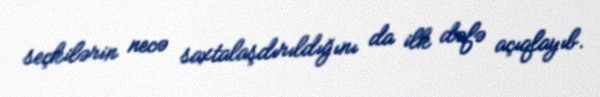
seçkilərin necə saxtalaşdırıldığını da ilk dəfə açıqlayıb.